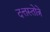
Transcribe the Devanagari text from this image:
दत्तस्तोत्रे